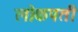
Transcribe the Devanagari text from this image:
लोकपती